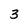
Character: 3